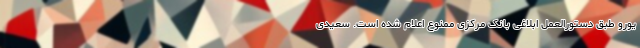
یورو طبق دستورالعمل ابلاغی بانک مرکزی ممنوع اعلام شده است. سعیدی